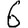
Digit: 6